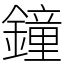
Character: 鐘